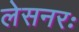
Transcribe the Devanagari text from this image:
लेसनरः